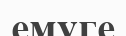
емуге